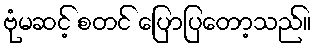
ဗုံမဆင့် စတင် ပြောပြတော့သည်။